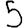
Digit: 5